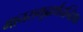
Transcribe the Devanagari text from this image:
मानसगूढार्थचन्द्रिका